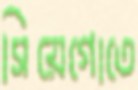
সিয়েগোতে